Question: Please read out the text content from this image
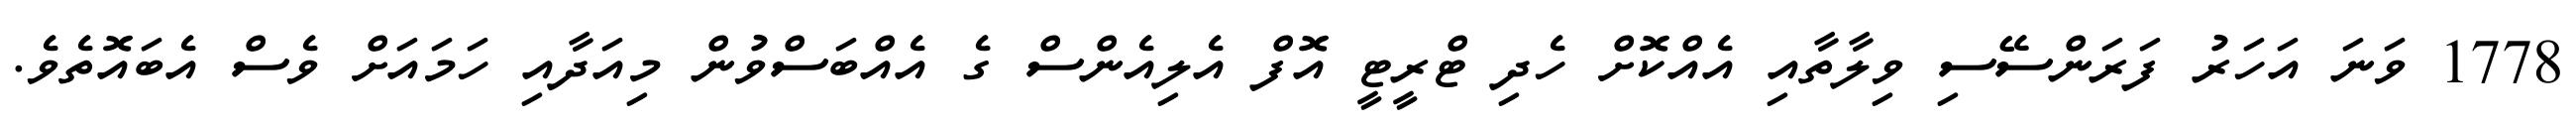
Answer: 1778 ވަނަ އަހަރު ފަރަންސޭސި ވިލާތާއި އެއްކޮށް ހެދި ޓްރީޓީ އޮފް އެލިއެންސް ގެ އެއްބަސްވުން މިއަދާއި ހަމައަށް ވެސް އެބައޮތެވެ.